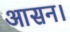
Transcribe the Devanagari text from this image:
आसन।